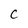
Character: C